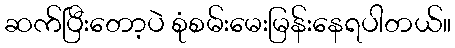
ဆက်ပြီးတော့ပဲ စုံစမ်းမေးမြန်းနေရပါတယ်။